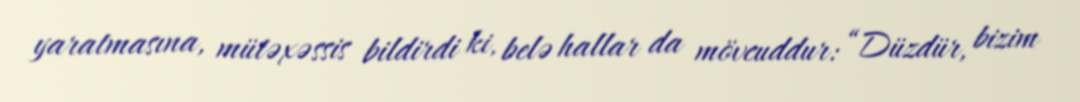
yaratmasına, mütəxəssis bildirdi ki, belə hallar da mövcuddur: “Düzdür, bizim